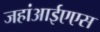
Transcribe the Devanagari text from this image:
जहांआईएएस